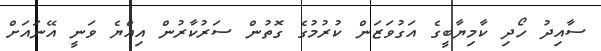
ސާއިދު ހޯދި ކާމިޔާބީގެ އަގުވަޒަން ކުރުމުގެ ގޮތުން ސަރުކާރުން އިއްޔެ ވަނީ އޭނައަށް